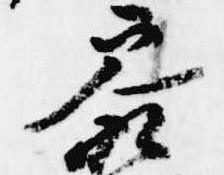
参